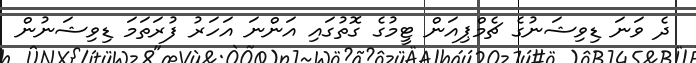
ދެ ވަނަ ޑިވިޝަނުގެ ޗެމްޕިއަން ޓީމުގެ ގޮތުގައި އަންނަ އަހަރު ފުރަތަމަ ޑިވިޝަނުން